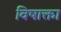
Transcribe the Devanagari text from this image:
विषाक्ता